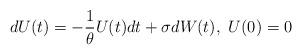
LaTeX: \begin{align*}dU(t)=-\frac{1}{\theta}U(t)dt+\sigma dW(t), \ U(0)=0\end{align*}